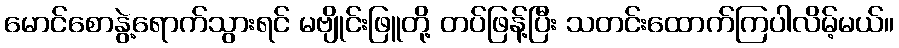
မောင်စောနွဲ့ရောက်သွားရင် မဗျိုင်းဖြူတို့ တပ်ဖြန့်ပြီး သတင်းထောက်ကြပါလိမ့်မယ်။